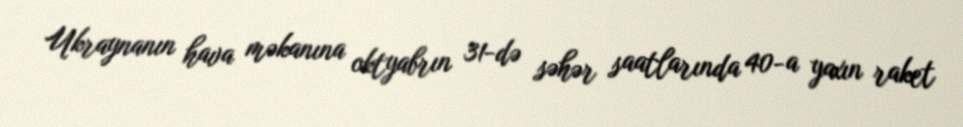
Ukraynanın hava məkanına oktyabrın 31-də səhər saatlarında 40-a yaxın raket